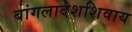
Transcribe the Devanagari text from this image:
बांगलादेशशिवाय